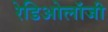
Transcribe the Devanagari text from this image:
रेडिओलॉजी